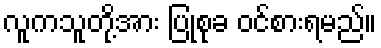
လူကသူတို့အား ပြုစုခ ဝင်စားရမည်။